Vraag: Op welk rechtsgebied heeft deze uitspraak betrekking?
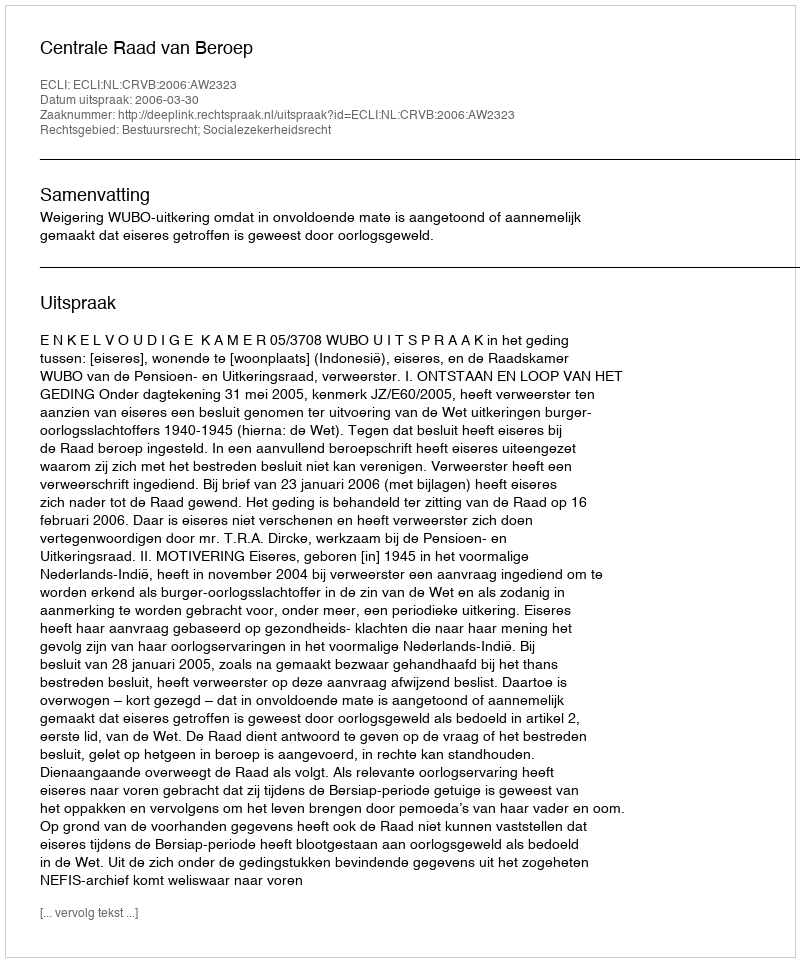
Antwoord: Bestuursrecht; Socialezekerheidsrecht